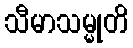
သီမာသမ္မုတိ